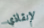
لإنقاذي